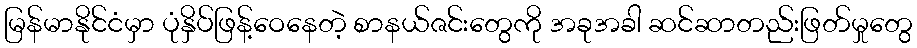
မြန်မာနိုင်ငံမှာ ပုံနှိပ်ဖြန့်ဝေနေတဲ့ စာနယ်ဇင်းတွေကို အခုအခါ ဆင်ဆာတည်းဖြတ်မှုတွေ